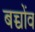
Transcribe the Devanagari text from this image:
बच्चोंव